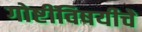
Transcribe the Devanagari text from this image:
गोष्टींविषयीचे